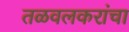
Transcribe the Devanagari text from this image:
तळवलकरांचा